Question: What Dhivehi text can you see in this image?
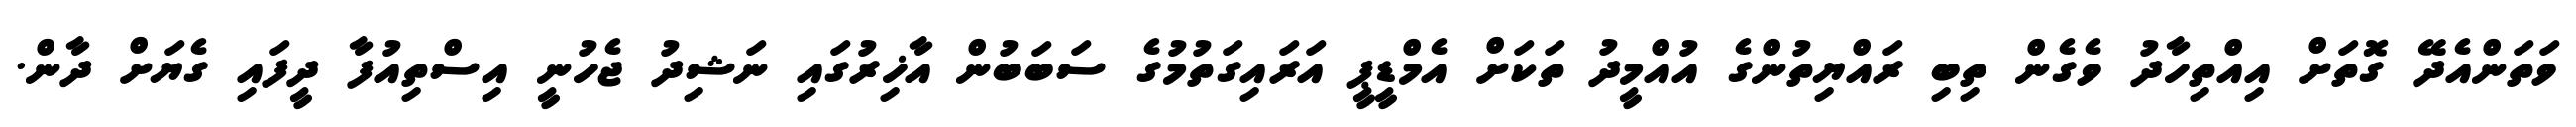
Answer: ވަތަންއެދޭ ގޮތަށް އިއްތިހާދު ވެގެން ތިބި ރައްޔިތުންގެ އުއްމީދު ތަކަށް އެމްޑީޕީ އަރައިގަތުމުގެ ސަބަބުން އާޚިރުގައި ނަޝިދު ޖެހުނީ އިސްތިއުފާ ދީފައި ގެޔަށް ދާން.